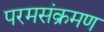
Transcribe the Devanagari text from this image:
परमसंक्रमण